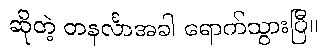
ဆိုတဲ့ တနင်္လာအခါ ရောက်သွားပြီ။